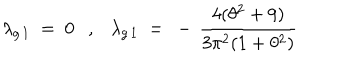
\lambda _ { g \, 1 } ~ = ~ 0 , \lambda _ { g \, 1 } ~ = ~ - \, \frac { 4 ( \theta ^ { 2 } + 9 ) } { 3 \pi ^ { 2 } ( 1 + \theta ^ { 2 } ) }